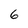
Character: 6